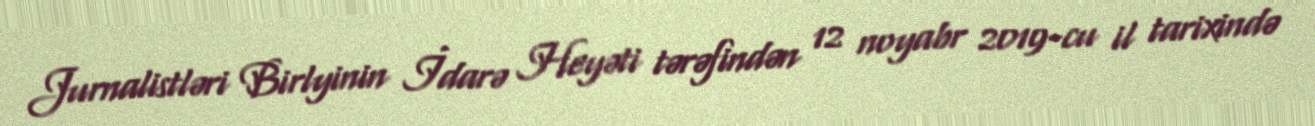
Jurnalistləri Birlyinin İdarə Heyəti tərəfindən 12 noyabr 2019-cu il tarixində